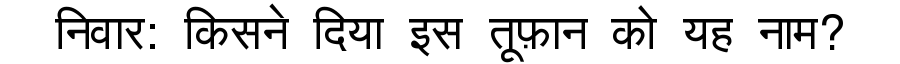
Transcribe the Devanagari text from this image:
निवार: किसने दिया इस तूफ़ान को यह नाम?